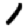
Digit: 1